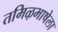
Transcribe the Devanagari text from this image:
तमिऴभाषेला